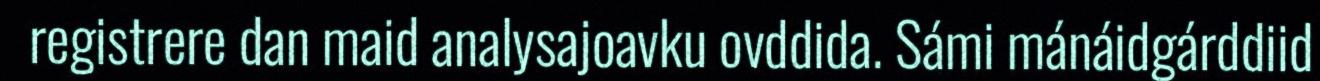
registrere dan maid analysajoavku ovddida. Sámi mánáidgárddiid